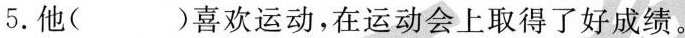
5.他( )喜欢运动，在运动会上取得了好成绩。